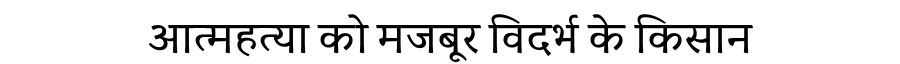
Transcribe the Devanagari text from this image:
आत्महत्या को मजबूर विदर्भ के किसान